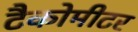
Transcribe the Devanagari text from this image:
टैकोमीटर